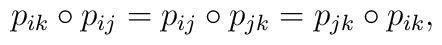
p_{ik} \circ p_{ij} = p_{ij} \circ p_{jk} = p_{jk} \circ p_{ik},